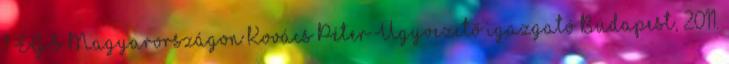
1 EGS Magyarországon Kovács Péter Ügyvezető igazgató Budapest, 2011.